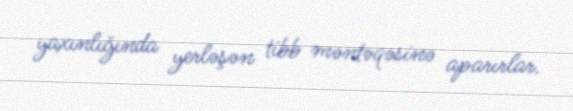
yaxınlığında yerləşən tibb məntəqəsinə aparırlar.